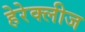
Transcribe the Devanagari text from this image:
हेरेक्लीज